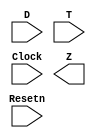
module secondary(D, T, Clock, Resetn,Z);
input Clock, Resetn;
input [31:0]T;
//where D[0] repesents 1 car and D[1] repesents more than one car
input [0:1]D;
output [0:1]Z;

assign t_secondary = T;
assign t_secondary = 2*T;

//y is the current state
reg [2:1]y;

//A is green
//B is Yellow
//C is Red

parameter[2:1] A = 2'b00, B = 2'b01, C = 2'b10;

//efine the sequential block

always @ ( negedge Resetn, posedge Clock)
	if ( Resetn == 0) y <= A;
else
		case(y)
			//when D = 0 do nothing
			C : if (!D[0]) 	y <= C;				 
				 
				 else if (D[1])
				//timer for max amount of green time called t_secondary
						y <= A;
				//timer for min amount of time, t_yellow
				 else	 y <= A;
			// input Timer(4/2,Resetn, Clock, Q) once it finishes then change to C	 
			B : 		y <= C;
			
			A : 		y <= A;
			
			default: y <= 2'bxx;
		endcase
		
endmodule